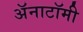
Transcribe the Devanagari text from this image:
अॅनाटॉमी